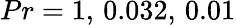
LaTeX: Pr=1,\, 0.032,\, 0.01